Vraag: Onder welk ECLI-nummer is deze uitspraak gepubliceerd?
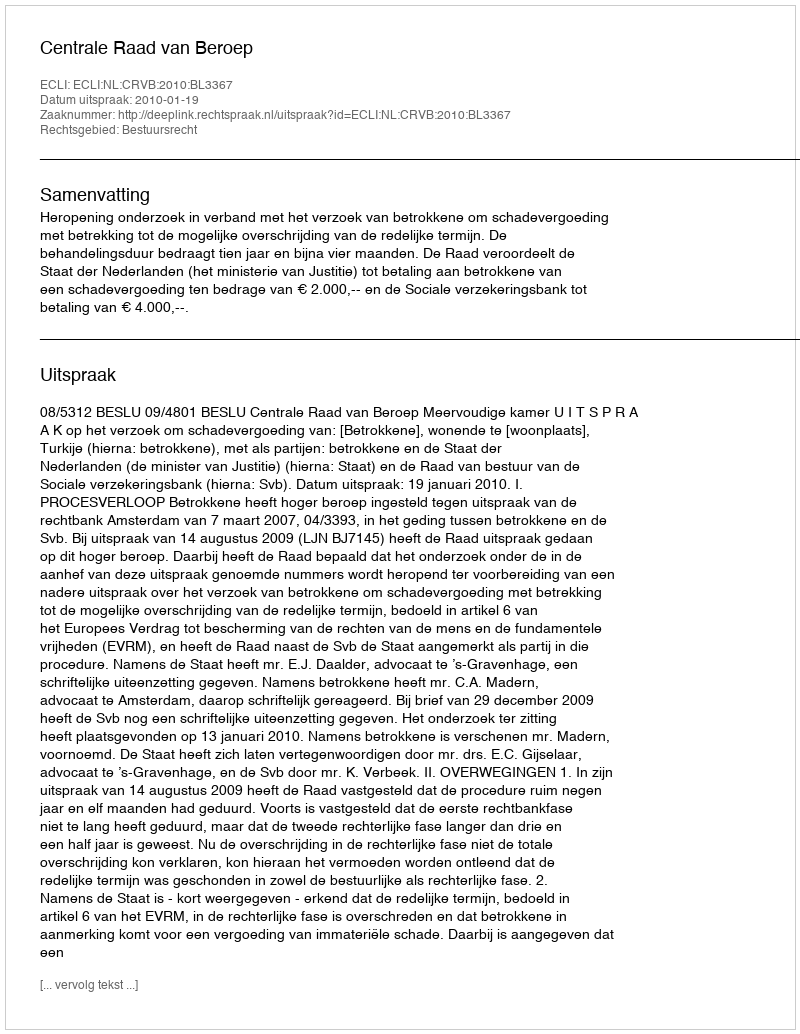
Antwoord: ECLI:NL:CRVB:2010:BL3367